Insane asylums Bombay 1873-77 - 1873-1877
Year: 1873
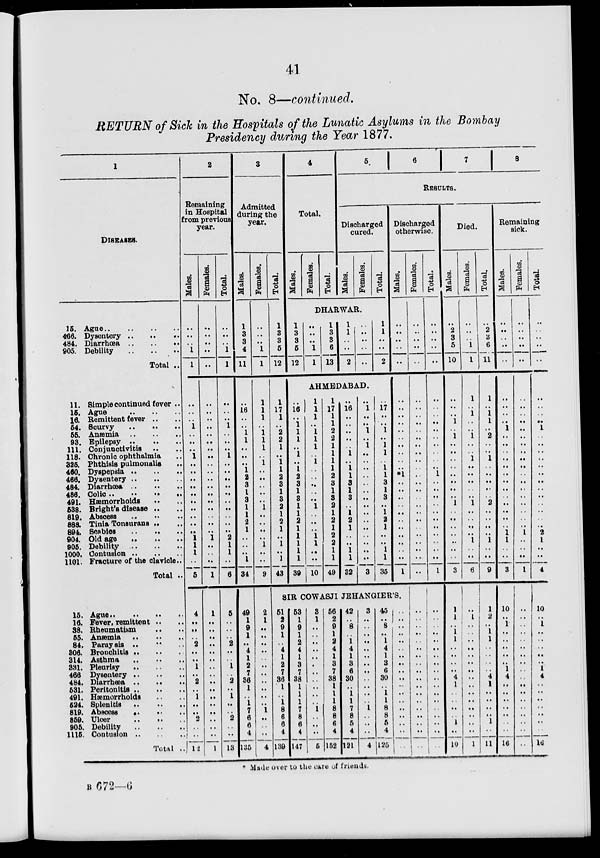
41
No. 8—continued.
RETURN of Sick in the Hospitals of the Lunatic Asylums in the Bombay
Presidency during the Year 1877.
15.
466.
484.
905.
1
DISEASES.
Ague
..
..
..
..
Dysentery
..
..
..
Diarrhœa
..
..
..
Debility
..
..
..
Total ..
11.
15.
16.
54.
55.
93.
111.
118.
325.
460.
466.
484.
486.
491.
538.
819.
888.
894.
904.
905.
1000.
1101.
Simple continued fever ..
Ague .. .. ..
Remittent fever .. ..
Scurvy
..
..
..
Anæmia
..
..
..
Epilepsy .. .. ..
Conjunctivitis .. ..
Chronic ophthalmia ..
Phthisis pulmonalis ..
Dyspepsia
..
..
..
Dysentery .. .. ..
Diarrhœa .. .. ..
Colic
..
..
..
..
Hæmorrhoids .. ..
Bright's disease .. ..
Abscess
..
..
..
Tinia Tonsurans .. ..
Scabies .. .. ..
Old age .. .. ..
Debility .. .. ..
Contusion
..
..
..
Fracture of the clavicle ..
Total ..
15.
16.
38.
55.
84.
306..
314.
331.
466.
484.
531.
491.
524.
819.
859.
905.
1115.
Ague
..
..
..
..
Fever , remittent .. ..
Rheumatism .. ..
Anæmia
..
..
..
Paralysis .. .. ..
Bronchitis .. .. ..
Asthma .. .. ..
Pleurisy
..
..
..
Dysentery .. .. ..
Diarrhœa .. .. ..
Peritonitis .. .. ..
Hæmorrhoids .. ..
Splenitis
..
..
..
Abscess .. .. ..
Ulcer .. ..
..
Debility
..
..
..
Contusion .. .. ..
Total ..
2
Remaining
in Hospital
from previous
year.
Males.
..
..
..
1
1
..
..
..
1
..
..
..
1
..
..
..
..
..
..
..
..
..
..
1
1
1
..
5
4
..
..
..
2
..
..
1
..
2
..
1
..
..
2
..
..
12
Females.
..
..
..
..
..
..
..
..
..
..
..
..
..
..
..
..
..
..
..
..
..
..
..
1
..
..
..
1
1
..
..
..
..
..
..
..
..
..
..
..
..
..
..
..
..
1
Total.
..
..
..
1
1
..
..
..
1
..
..
..
1
..
..
..
..
..
..
..
..
..
..
2
1
1
..
6
5
..
..
..
2
..
..
1
..
2
..
1
..
..
2
..
..
13
3
Admitted
during the
year.
Males.
1
3
3
4
11
..
16
..
..
1
1
..
..
..
1
2
3
1
3
1
1
2
1
..
..
..
1
34
49
1
9
1
..
4
1
2
7
36
1
..
1
7
6
6
4
135
Females.
..
..
..
1
1
1
1
1
..
1
1
1
..
1
..
..
..
..
..
1
..
..
..
..
1
..
..
9
2
1
..
..
..
..
..
..
..
..
..
..
..
1
..
..
..
4
Total.
1
3
3
5
12
1
17
1
..
2
2
1
..
1
1
2
3
1
3
2
1
2
1
..
1
..
1
43
4
Total.
Males.
Females.
Total.
5
6
7
8
RESULTS.
Discharged
cured.
Males.
Females.
Total.
DHARWAR.
1
3
3
5
12
..
..
..
1
1
1
3
3
6
13
1
1
..
..
2
..
..
..
..
..
1
1
..
..
2
AHMEDABAD.
..
16
..
1
1
1
.. 1
..
1
2
3
1
3
1
1
2
1
1
1
1
1
39
1
1
1
..
1
1
1
..
1
..
..
..
..
..
1
..
..
..
1
1
..
..
10
1
17
1
1
2
2
1
1
1
1
2
3
1
3
2
1
2
1
2
2
1
1
49
..
16
..
..
..
..
.. 1
..
1
1
3
1
3
..
1
2
1
..
..
1
1
32
..
1
..
..
1
..
1
..
..
..
..
..
..
..
..
..
..
..
..
..
..
..
3
..
17
..
..
1
..
1
1
..
1
1
3
1
3
..
1
2
1
..
..
1
1
35
Discharged
otherwise.
Males.
..
..
..
..
..
..
..
..
..
..
..
..
..
..
..
*1
..
..
..
..
..
..
..
..
..
..
..
1
SIR COWASJI JEHANGIER'S.
51
2
9
1
..
4
1
2
7
36
1
..
1
8
6
6
4
139
53
1
9
1
2
4
1
3
7
38
1
1
1
7
8
6
4
147
3
1
..
..
..
..
..
..
..
..
..
..
..
1
..
..
..
5
56
2
9
1
2
4
1
3
7
38
1
1
1
8
8
6
4
152
42
..
8
..
1
4
1
3
6
30
..
1
1
7
8
5
4
121
3
..
..
..
..
..
..
..
..
..
..
..
..
1
..
..
..
4
45
..
8
..
1
4
1
3
6
30
..
1
1
8
8
5
4
125
..
..
..
..
..
..
..
..
..
..
..
..
..
..
..
..
..
..
Females.
..
..
..
..
..
..
..
..
..
..
..
..
..
..
..
..
..
..
..
..
..
..
..
..
..
..
..
..
..
..
..
..
..
..
..
..
..
..
..
..
..
..
..
..
..
..
Total.
..
..
..
..
..
..
..
..
..
..
..
..
..
..
..
1
..
..
..
..
..
..
..
..
..
..
..
1
..
..
..
..
..
..
..
..
..
..
..
..
..
..
..
..
..
..
Died.
Males.
..
2
3
5
10
..
..
..
1
..
1
..
..
..
..
..
..
..
..
1
..
..
..
..
..
..
..
3
1
1
..
1
1
..
..
..
..
4
1
..
..
..
..
1
..
10
Females.
..
..
..
1
1
1
..
1
..
..
1
..
..
1
..
..
..
..
..
1
..
..
..
..
1
..
..
6
..
1
..
..
..
..
..
..
..
..
..
..
..
..
..
..
..
1
Total.
..
2
3
6
11
1
..
1
1
..
2
..
..
1
..
..
..
..
..
2
..
..
..
..
1
..
..
9
1
2
..
1
1
..
..
..
..
4
1
..
..
..
..
1
..
11
Remaining
sick.
Males.
..
..
..
..
..
..
....
..
..
1
..
..
..
..
..
..
..
..
..
..
..
..
..
1
1
..
..
3
10
..
1
..
..
..
..
..
1
4
..
..
..
..
..
..
..
16
Females.
..
..
..
..
..
..
..
..
..
..
..
..
..
..
..
..
..
..
..
..
..
..
..
1
..
..
..
1
..
..
..
..
..
..
..
..
..
..
..
..
..
..
..
..
..
..
Total.
..
..
..
..
..
..
..
..
..
1
..
..
..
..
..
..
..
..
..
..
..
..
..
2
1
..
..
4
10
..
1
..
..
..
..
..
1
4
..
..
..
..
..
..
..
16
* Made over to the care of friends.
B 672—6